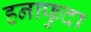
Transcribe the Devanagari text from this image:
हनाफुदा